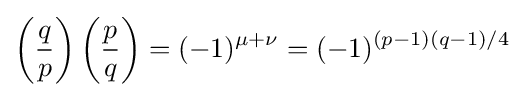
\left({\frac {q}{p}}\right)\left({\frac {p}{q}}\right)=(-1)^{\mu +\nu }=(-1)^{(p-1)(q-1)/4}